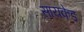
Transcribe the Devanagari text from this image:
सायकेड